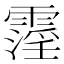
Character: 霪